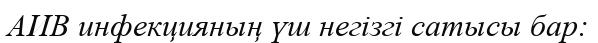
АИВ инфекцияның үш негізгі сатысы бар: